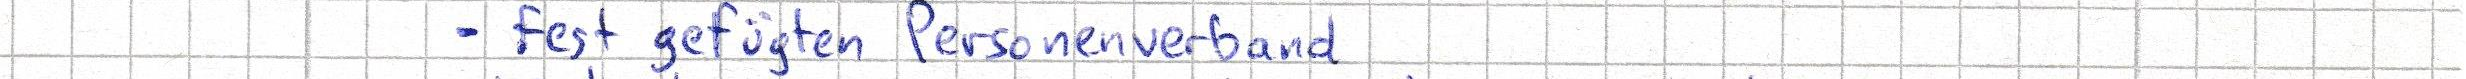
- fest gefügten Personenverband